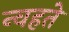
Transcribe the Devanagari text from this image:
न्वहते